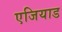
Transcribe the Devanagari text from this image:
एजियाड